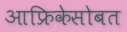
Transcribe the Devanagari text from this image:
आफ्रिकेसोबत